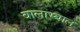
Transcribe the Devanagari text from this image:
बालाभ्बाल